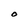
Character: O